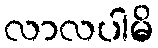
လာလပါမိ